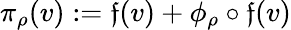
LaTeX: \pi_{\rho}(v):=\mathfrak{f}(v)+\phi_{\rho}\circ\mathfrak{f}(v)